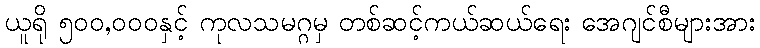
ယူရို ၅၀၀,၀၀၀နှင့် ကုလသမဂ္ဂမှ တစ်ဆင့်ကယ်ဆယ်ရေး အေဂျင်စီများအား